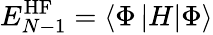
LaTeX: E_{N-1}^{\mathrm{HF}}=\left<\Phi\left|H\right|\Phi\right>